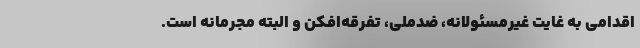
‌اقدامی به غایت غیرمسئولانه، ضدملی، تفرقه‌افکن و البته مجرمانه است.